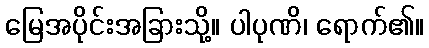
မြေအပိုင်းအခြားသို့။ ပါပုဏိ၊ ရောက်၏။